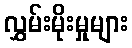
လွှမ်းမိုးမှုများ